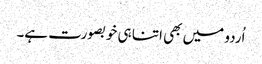
اُردو میں بھی اتنا ہی خوبصورت ہے۔